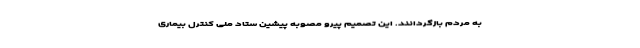
به مردم بازگردانند. این تصمیم پیرو مصوبه پیشین ستاد ملی کنترل بیماری